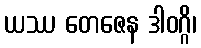
ယဿ တေဇေန ဒါဝဂ္ဂိ၊